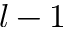
l - 1